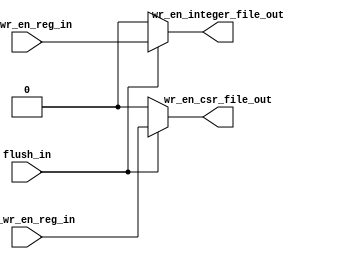
`timescale 1ns / 1ps


module wr_en_generator(
input flush_in, rf_wr_en_reg_in, csr_wr_en_reg_in,
output wr_en_integer_file_out, wr_en_csr_file_out
    );
    
     
    
    assign wr_en_integer_file_out = flush_in?rf_wr_en_reg_in: 1'b0 ;
    assign wr_en_csr_file_out   =  flush_in?csr_wr_en_reg_in: 1'b0 ;
    
    
endmodule